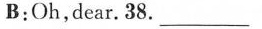
B：Oh,dear.38. ____